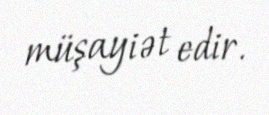
müşayiət edir.